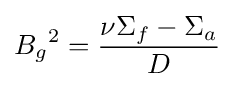
{B_{g}}^{2}={\frac {\nu \Sigma _{f}-\Sigma _{a}}{D}}